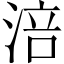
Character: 涪